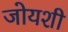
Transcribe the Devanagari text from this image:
जोयशी